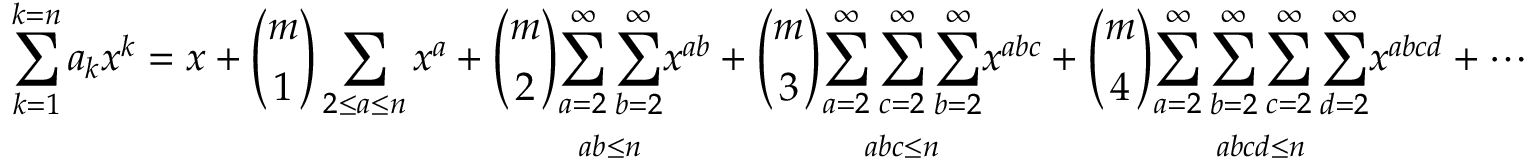
\sum _ { k = 1 } ^ { k = n } a _ { k } x ^ { k } = x + { \binom { m } { 1 } } \sum _ { 2 \leq a \leq n } x ^ { a } + { \binom { m } { 2 } } { \underset { a b \leq n } { \sum _ { a = 2 } ^ { \infty } \sum _ { b = 2 } ^ { \infty } } } x ^ { a b } + { \binom { m } { 3 } } { \underset { a b c \leq n } { \sum _ { a = 2 } ^ { \infty } \sum _ { c = 2 } ^ { \infty } \sum _ { b = 2 } ^ { \infty } } } x ^ { a b c } + { \binom { m } { 4 } } { \underset { a b c d \leq n } { \sum _ { a = 2 } ^ { \infty } \sum _ { b = 2 } ^ { \infty } \sum _ { c = 2 } ^ { \infty } \sum _ { d = 2 } ^ { \infty } } } x ^ { a b c d } + \cdots